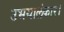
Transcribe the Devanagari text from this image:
उभयालंकार।